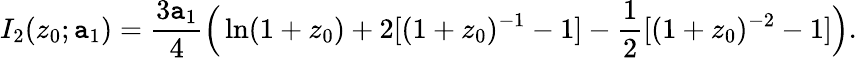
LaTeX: I_{2}(z_{0};\mathtt{a}_{1})={\frac{{3\mathtt{a}_{1}}}{{4}}}\Big(\ln(1+z_{0})+2[(1+z_{0})^{-1}-1]-{\frac{{1}}{{2}}}[(1+z_{0})^{-2}-1]\Big).